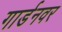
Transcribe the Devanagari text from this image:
गार्डनवर